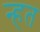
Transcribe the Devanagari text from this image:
न्हत